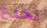
نخدع